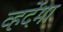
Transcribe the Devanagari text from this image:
व्हर्देमा